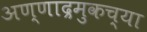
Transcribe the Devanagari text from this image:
अण्णाद्रमुकच्या